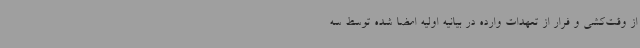
از وقت‌کشی و فرار از تعهدات وارده در بیانیه اولیه امضا شده توسط سه